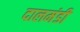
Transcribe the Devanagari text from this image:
दालमंडी